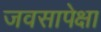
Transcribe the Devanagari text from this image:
जवसापेक्षा